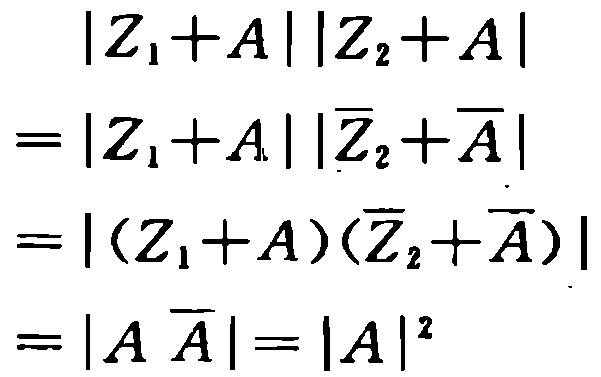
\[
\begin{align*}
&|Z_1 + A||Z_2 + A|\\
=&|Z_1 + A||\overline{Z}_2+\overline{A}|\\
=&|(Z_1 + A)(\overline{Z}_2+\overline{A})|\\
=&|A\overline{A}| = |A|^2
\end{align*}
\]